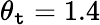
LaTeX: \theta_{\mathtt{t}}=1.4